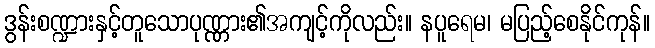
ဒွန်းစဏ္ဍားနှင့်တူသောပုဏ္ဏား၏အကျင့်ကိုလည်း။ နပူရေမ၊ မပြည့်စေနိုင်ကုန်။